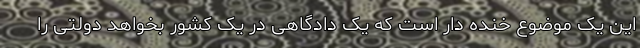
این یک موضوع خنده دار است که یک دادگاهی در یک کشور بخواهد دولتی را